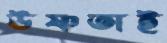
উষ্ণতাই